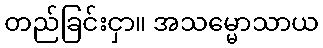
တည်ခြင်းငှာ။ အသမ္မောသာယ